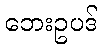
ဘေးဥပဒ်